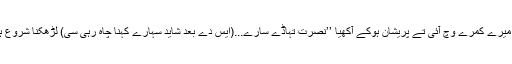
گھبرا کے میرے کمرے وچ آئی تے پریشان ہوکے آکھیا ’’نصرت تہاڈے سارے...(ایس دے بعد شاید سہارے کہنا چاہ رہی سی) لڑھکنا شروع ہوگئے نیں۔